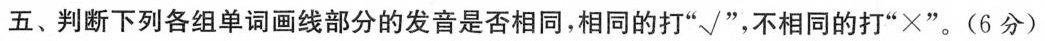
五、判断下列各组单词画线部分的发音是否相同，相同的打”√”，不相同的打”×”。(6分)